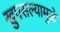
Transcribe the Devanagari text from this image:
खुपसल्यामुळे